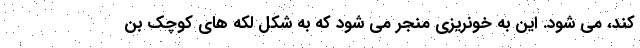
کند، می شود. این به خونریزی منجر می شود که به شکل لکه های کوچک بن